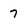
Character: 7